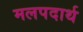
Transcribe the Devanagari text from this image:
मलपदार्थ